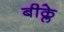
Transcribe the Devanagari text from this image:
बीक्ले